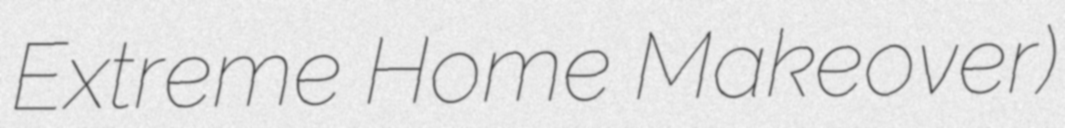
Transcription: Extreme Home Makeover)